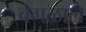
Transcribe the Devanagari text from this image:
वेगळाले